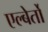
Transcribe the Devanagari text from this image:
एल्बेर्तो